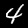
Digit: 4